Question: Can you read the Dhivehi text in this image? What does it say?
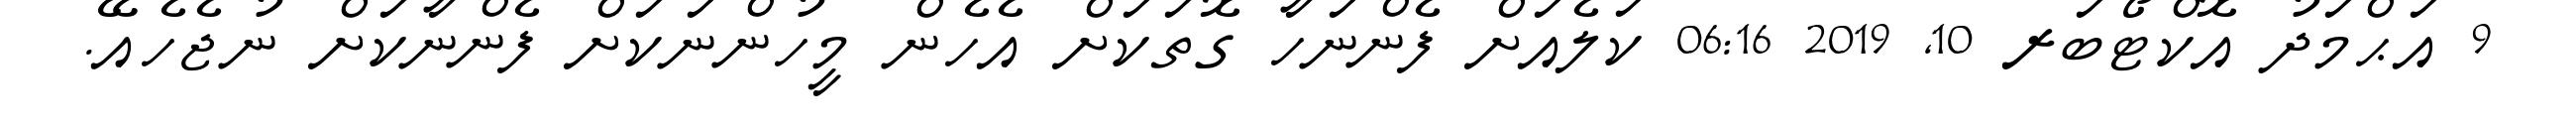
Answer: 9 އަޙްމަދު އޮކްޓޯބަރ 10, 2019 06:16 ކަލެއަށް ފެންނަހާ ގޮތަކަށް އެހެން މީހުންނަކަށް ފެންނާކަށް ނުޖެހެއޭ.